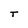
Character: T